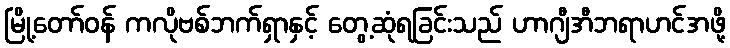
မြို့တော်ဝန် ကလိုဗစ်ဘက်ရှာနှင့် တွေ့ဆုံရခြင်းသည် ဟာဂျီအီဘရာဟင်အဖို့